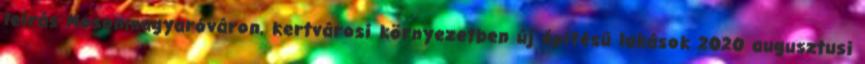
leírás Mosonmagyaróváron, kertvárosi környezetben új építésű lakások 2020 augusztusi